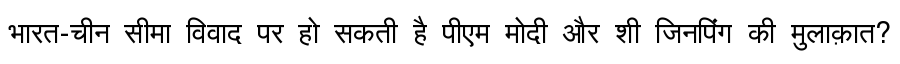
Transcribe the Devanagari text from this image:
भारत-चीन सीमा विवाद पर हो सकती है पीएम मोदी और शी जिनपिंग की मुलाक़ात?